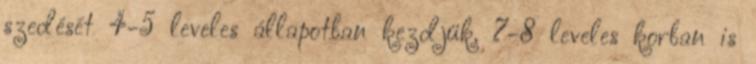
szedését 4-5 leveles állapotban kezdjük. 7-8 leveles korban is